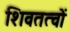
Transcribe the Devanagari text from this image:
शिवतत्वों